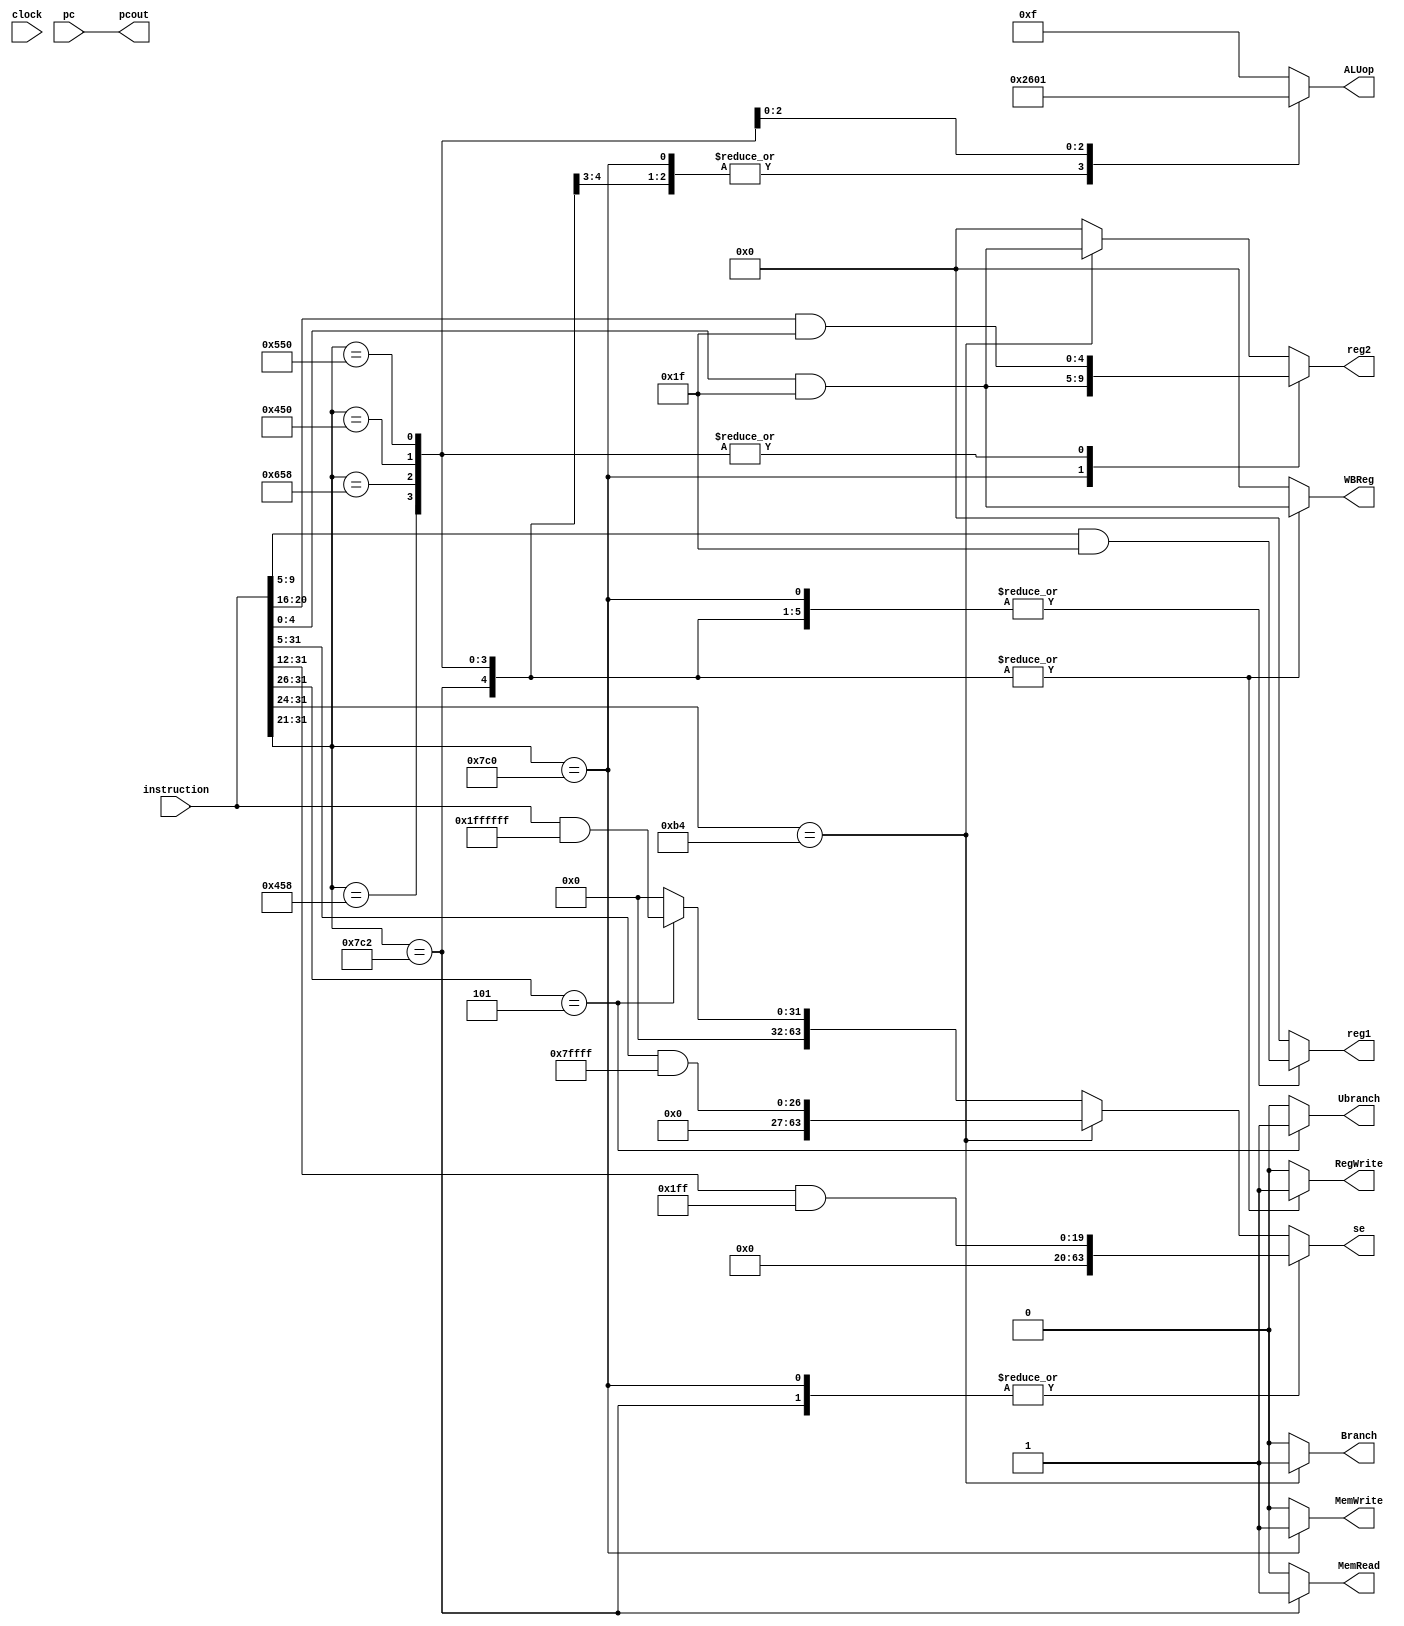
`timescale 1 ns/1 ps

// The purpose of ARM_Decode is to take a full instruction input and to decode the type of instruction
// It's run by a stepin clock that ripples to subsequent modules

module ARM_Decode(
	input clock,
	input [31:0] instruction,
	input [31:0] pc,
	//
	output reg [4:0] reg1,
	output reg [4:0] reg2,
	output reg [63:0] se,
	output reg Ubranch,
	output reg Branch,
	output reg MemRead,
	output reg MemWrite,
	output reg RegWrite,
	output reg [3:0] ALUop,
	output reg [4:0] WBReg,
	output [31:0] pcout
);
	reg [31:0] tmp;
	assign pcout = pc;
	initial begin
		reg1 = 0;	
		reg2 = 0;
		se = 0;
		Ubranch = 0;
		Branch = 0;
		MemRead = 0;
		MemWrite = 0;
		RegWrite = 0;	
		ALUop = 0;
		WBReg = 0;
	end
	always @(*) begin // At any time the clock changes, set all outputs to zero to clear previous instruction
		reg1 = 0;	
		reg2 = 0;
		se = 0;
		Ubranch = 0;
		Branch = 0;
		MemRead = 0;
		MemWrite = 0;
		RegWrite = 0;	
		ALUop = 0;
		WBReg = 0;
		
		tmp = instruction >> 26; // Extract the opcode if it's 6 bits long
		if (tmp == 6'b000101) begin // It's a Branch
			Ubranch = 1; // Branch no matter what
			se = instruction & 25'h1FFFFFF; // Offset from base address
			ALUop = 4'b0111; // ALU function pass input b
		end
		
		tmp = instruction >> 24; // Extract the opcode if it's 8 bits long
		if (tmp == 8'b10110100) begin // It's a Branch if Zero
			Branch = 1; // Check with zero to branch
			se = (instruction >> 5) & 19'h7FFFF; 
			ALUop = 4'b0111; // ALU function pass input b
			reg2 = instruction & 5'h1F; // Register to check if zero
		end
		
		tmp = instruction >> 21; // Default to last possibility
		
		case (tmp)
			11'b11111000000: begin // It's a Store
				MemWrite = 1; // We're writing to memory
				reg1 = (instruction >> 5) & 5'h1F; // Base address of destination
				reg2 = instruction & 5'h1F; // Data to store
				se = (instruction >> 12) & 9'h1FF; // Offset from base address
				MemWrite = 1; // We're writing to memory
				ALUop = 4'b0010; // Add base address and offset
			end	
			11'b11111000010: begin // It's a Load
				reg1 = (instruction >> 5) & 5'h1F; // Base address of source
				se = (instruction >> 12) & 9'h1FF; // Offset from base address
				WBReg = instruction & 5'h1F; // The register we load into
				RegWrite = 1; // We're writing to a register
				MemRead = 1; // We're reading from memory
				ALUop = 4'b0010; // Add base address and offset
			end
			11'b10001011000: begin // It's an Add
				reg1 = (instruction >> 5) & 5'h1F; // Operand 1
				reg2 = (instruction >> 16) & 5'h1F; // Operand 2
				WBReg = instruction & 5'h1F; // Where we write back to
				ALUop = 4'b0010; // Set ALU to Add
				RegWrite = 1; // We're writing to a register
				//$display("Decoded an Add instruction");
				//$display("reg1: %d", reg1);
				//$display("reg2: %d", reg2);
				//$display("ALUop: %b", ALUop);
				//$display("WB Reg: %d", WBReg);
			end
			11'b11001011000: begin // It's a Sub
				reg1 = (instruction >> 5) & 5'h1F; // Operand 1
				reg2 = (instruction >> 16) & 5'h1F; // Operand 2
				WBReg = instruction & 5'h1F; // Where we write back to
				ALUop = 4'b0110; // Set ALU to Sub
				RegWrite = 1; // We're writing to a register
			end
			11'b10001010000: begin // It's an And
				reg1 = (instruction >> 5) & 5'h1F; // Operand 1
				reg2 = (instruction >> 16) & 5'h1F; // Operand 2
				WBReg = instruction & 5'h1F; // Where we write back to
				ALUop = 4'b0000; // Set ALU to And
				RegWrite = 1; // We're writing to a register
			end
			11'b10101010000: begin // It's an Or
				reg1 = (instruction >> 5) & 5'h1F; // Operand 1
				reg2 = (instruction >> 16) & 5'h1F; // Operand 2
				WBReg = instruction & 5'h1F; // Where we write back to
				ALUop = 4'b0001; // Set ALU to Or
				RegWrite = 1; // We're writing to a register
			end
			default: begin
				ALUop = 4'b1111;
			end
		endcase
	end
endmodule

// The purpose of ARM_Execute is to receive the decoded instruction,
// execute the instruction, output to the register file, and to update the program counter

module ARM_Execute(
  input clock,
  input [31:0] pcin,
  input [63:0] reg1data,
  input [63:0] reg2data,
  input [63:0] se,
  input Ubranch,
  input Branch,
  input MemRead,
  input MemWrite,
  input RegWrite,
  input [3:0] ALUop,
  input [4:0] WBReg,
  //
  output reg [31:0] pcout,
  output reg [63:0] result,
  output reg [4:0] destreg,
  output reg isMemReading,
  output reg isMemWriting
  //output reg isRegWriting
  //output reg stepout
);
	reg [63:0] ALU_in1;
	reg [63:0] ALU_in2;
	reg [3:0] ALU_op;
	reg mainALU_Z;
	initial begin
		ALU_in1 = 0;
		ALU_in2 = 0;
		ALU_op = 0;
		mainALU_Z = 0;
		pcout = 0;
		destreg = 0;
	end
	always @(ALU_in1 or ALU_in2 or ALUop) begin
		case(ALUop)
			4'b0000: result = ALU_in1 & ALU_in2;
			4'b0001: result = ALU_in1 | ALU_in2;
			4'b0010: result = ALU_in1 + ALU_in2;
			4'b0110: result = ALU_in1 - ALU_in2;
			4'b0111: result = ALU_in1;
			4'b1100: result = ~(ALU_in1 | ALU_in2);
			4'b1111: result = 0;
		endcase
		if (result == 0) begin
			mainALU_Z = 1;
		end
		else begin
			mainALU_Z = 0;
		end
		if ((mainALU_Z & Branch) | Ubranch) begin
			pcout = pcin + se;
		end
	end
	always @(clock) begin
		result = 0;
		destreg = 0;
		isMemReading = 0;
		isMemWriting = 0;
	end
  always @(*) begin
    // We only assume positive number branches for this implementation
    if (Ubranch) begin // We're dealing with an unconditional branch and just need to update PC
      pcout = pcin + se; // Update the PC and finish instruction execution
    end
    else if (Branch) begin // We're dealing with a CBZ and need to compare before the PC gets updated
      ALU_in2 <= reg2data; // Check if this is zero
		ALU_op <= ALUop;
    end
    else if (MemWrite) begin // We're dealing with a store and will need to access memory
      ALU_in1 <= reg1data; // This is the base address
      ALU_in2 <= se; // Add the offset
      ALU_op <= ALUop; // This is the ALU Operation
      isMemWriting <= 1; // We're writing to memory
      //pcout = pcin + 1; // Move on to next instruction
      $display("Executed a Store operation");
    end
    else if (MemRead) begin // We're dealing with a load and will need to write to the register file
      ALU_in1 <= reg1data; // This is the base address
      ALU_in2 <= se; // Add the offset
      ALU_op <= ALUop; // This is the ALU Operation
      destreg <= WBReg; // Forward our destination write register to memory
      isMemReading <= 1; // We're reading from memory
      isMemWriting <= 0; // We're writing to a register
      //pcout = pcin + 1; // Move on to next instruction
      $display("Executed a Load operation");
    end
    else if (~MemRead & RegWrite) begin // We're dealing with an R type instruction. Execute and write back to register
      ALU_in1 <= reg1data; // This is operand #1
      ALU_in2 <= reg2data; // This is operand #2
		ALU_op <= ALUop; // This is the ALU Operation
      destreg <= WBReg; // Forward our destination write register to memory
      isMemWriting <= 0; // We're writing to a register, so toggle
      //pcout = pcin + 1; // Move on to next instruction
      $display("Executed an R-Type operation.");
      $display("reg1data: %d", reg1data);
      $display("reg2data: %d", reg2data);
      $display("ALUop: %d", ALUop);
      $display("result: %d", result);
      $display("Writeback Reg: %d", destreg);
    end
  end
  
endmodule

// ALU was designed as part of a bottoms up approach to creating the processor 

module ALU(
	input [63:0] A,
	input [63:0] B,
	input [3:0] ALUc,
	output reg Z,
	output reg [63:0] C
);

  always @(A or B or ALUc) begin
    case(ALUc)
      4'b0000: C = A & B;
      4'b0001: C = A | B;
      4'b0010: C = A + B;
      4'b0110: C = A - B;
      4'b0111: C = B;
      4'b1100: C = ~(A | B);
    endcase
    if (C == 0) begin
      Z = 1;
    end
    else begin
      Z = 0;
    end
    $monitor("ALU Changed Output To: %d", C);
  end
endmodule
/////
/////
/////
module DeMux64(
	input [63:0] in,
	input selection,
	//
	output reg [63:0] out1,
	output reg [63:0] out2
);
	initial begin
		out1 = 0;
		out2 = 0;
	end
	always @(*) begin
		case(selection)
			1: out1 = in; 
			0: out2 = in;
		endcase
	end
endmodule
module Mux64(
	input [63:0] in1,
	input [63:0] in2,
	input selection,
	//
	output reg [63:0] out
);
	initial begin
		out = 0;
	end
	always @(*) begin
		case(selection)
			0: out = in1;
			1: out = in2;
		endcase
	end
endmodule
module DeMux32 (
	input [31:0] in,
	input selection,
	//
	output reg [31:0] out1,
	output reg [31:0] out2
);
	initial begin
		out1 = 0;
		out2 = 0;
	end
	always @(*) begin
		case(selection)
			1: out1 = in; 
			0: out2 = in;
		endcase
	end
endmodule
module Mux32(
	input [31:0] in1,
	input [31:0] in2,
	input selection,
	//
	output reg [31:0] out
);
	initial begin
		out = 0;
	end
	always @(*) begin
		case(selection)
			0: out = in1;
			1: out = in2;
		endcase
	end
endmodule
module DeMux5(
	input [4:0] in,
	input selection,
	//
	output reg [4:0] out1,
	output reg [4:0] out2
);
	initial begin
		out1 = 0;
		out2 = 0;
	end
	always @(*) begin
		case(selection)
			1: out1 = in; 
			0: out2 = in;
		endcase
	end
endmodule
module Mux5(
	input [4:0] in1,
	input [4:0] in2,
	input selection,
	//
	output reg [4:0] out
);
	initial begin
		out = 0;
	end
	always @(*) begin
		case(selection)
			0: out = in1;
			1: out = in2;
		endcase
	end
endmodule
module DeMux4(
	input [3:0] in,
	input selection,
	//
	output reg [3:0] out1,
	output reg [3:0] out2
);
	initial begin
		out1 = 0;
		out2 = 0;
	end
	always @(*) begin
		case(selection)
			1: out1 = in; 
			0: out2 = in;
		endcase
	end
endmodule
module Mux4(
	input [3:0] in1,
	input [3:0] in2,
	input selection,
	//
	output reg [3:0] out
);
	initial begin
		out = 0;
	end
	always @(*) begin
		case(selection)
			0: out = in1;
			1: out = in2;
		endcase
	end
endmodule
module DeMux1(
	input in,
	input selection,
	//
	output reg out1,
	output reg out2
);
	initial begin
		out1 = 0;
		out2 = 0;
	end
	always @(*) begin
		case(selection)
			1: out1 = in; 
			0: out2 = in;
		endcase
	end
endmodule
module Mux1(
	input in1,
	input in2,
	input selection,
	//
	output reg out
);
	initial begin
		out = 0;
	end
	always @(*) begin
		case(selection)
			0: out = in1;
			1: out = in2;
		endcase
	end
endmodule
/////
/////
/////
module StagingMemoryFD(
	input clock,
	input wire [31:0] instage1,
	input wire [31:0] instage2,
	//
	output [31:0] outstage1,
	output [31:0] outstage2
);
	wire [31:0] buffers32 [1:4];
	reg [31:0] bufferStore32 [1:4];
	wire selection = clock;
	integer i;
	
	DeMux32 stage1DeMux(.in(instage1), .out1(buffers32[1]), .out2(buffers32[2]), .selection(selection));
	Mux32 stage1Mux(.in1(bufferStore32[1]), .in2(bufferStore32[2]), .out(outstage1), .selection(selection));
	DeMux32 stage2DeMux(.in(instage2), .out1(buffers32[3]), .out2(buffers32[4]), .selection(selection));
	Mux32 stage2Mux(.in1(bufferStore32[3]), .in2(bufferStore32[4]), .out(outstage2), .selection(selection));
	
	initial begin
		for (i = 1; i <= 4; i = i + 1) begin
			bufferStore32[i] = 0;
		end
	end
	always @(clock) begin
		for (i = 1; i <= 4; i = i + 1) begin
			bufferStore32[i] = buffers32[i];
		end
	end
endmodule
module StagingMemoryDE(
	input clock,
	input wire [31:0] instage1,
	input wire [63:0] instage2,
	input wire [63:0] instage3,
	input wire [63:0] instage4,
	input wire instage5,
	input wire instage6,
	input wire instage7,
	input wire instage8,
	input wire instage9,
	input wire [3:0] instage10,
	input wire [4:0] instage11,
	//
	output [31:0] outstage1,
	output [63:0] outstage2,
	output [63:0] outstage3,
	output [63:0] outstage4,
	output outstage5,
	output outstage6,
	output outstage7,
	output outstage8,
	output outstage9,
	output [3:0] outstage10,
	output [4:0] outstage11
);
	wire [31:0] buffers32 [1:2];
	reg [31:0] bufferStore32 [1:2];
	wire [63:0] buffers64 [1:8];
	reg [63:0] bufferStore64 [1:8];
	wire buffers1 [1:10];
	reg bufferStore1 [1:10];
	wire [3:0] buffers4 [1:2];
	reg [3:0] bufferStore4 [1:2];
	wire [4:0] buffers5 [1:2];
	reg [4:0] bufferStore5 [1:2];
	wire selection = clock;
	integer i;
	
	DeMux32 stage1DeMux(.in(instage1), .out1(buffers32[1]), .out2(buffers32[2]), .selection(selection));
	Mux32 stage1Mux(.in1(bufferStore32[1]), .in2(bufferStore32[2]), .out(outstage1), .selection(selection));
	
	DeMux64 stage2DeMux(.in(instage2), .out1(buffers64[1]), .out2(buffers64[2]), .selection(selection));
	Mux64 stage2Mux(.in1(bufferStore64[1]), .in2(bufferStore64[2]), .out(outstage2), .selection(selection));
	DeMux64 stage3DeMux(.in(instage3), .out1(buffers64[3]), .out2(buffers64[4]), .selection(selection));
	Mux64 stage3Mux(.in1(bufferStore64[3]), .in2(bufferStore64[4]), .out(outstage3), .selection(selection));
	DeMux64 stage4DeMux(.in(instage4), .out1(buffers64[5]), .out2(buffers64[6]), .selection(selection));
	Mux64 stage4Mux(.in1(bufferStore64[5]), .in2(bufferStore64[6]), .out(outstage4), .selection(selection));
	
	DeMux1 stage5DeMux(.in(instage5), .out1(buffers1[1]), .out2(buffers1[2]), .selection(selection));
	Mux1 stage5Mux(.in1(bufferStore1[1]), .in2(bufferStore1[2]), .out(outstage5), .selection(selection));
	DeMux1 stage6DeMux(.in(instage6), .out1(buffers1[3]), .out2(buffers1[4]), .selection(selection));
	Mux1 stage6Mux(.in1(bufferStore1[3]), .in2(bufferStore1[4]), .out(outstage6), .selection(selection));
	DeMux1 stage7DeMux(.in(instage7), .out1(buffers1[5]), .out2(buffers1[6]), .selection(selection));
	Mux1 stage7Mux(.in1(bufferStore1[5]), .in2(bufferStore1[6]), .out(outstage7), .selection(selection));
	DeMux1 stage8DeMux(.in(instage8), .out1(buffers1[7]), .out2(buffers1[8]), .selection(selection));
	Mux1 stage8Mux(.in1(bufferStore1[7]), .in2(bufferStore1[8]), .out(outstage8), .selection(selection));
	DeMux1 stage9DeMux(.in(instage9), .out1(buffers1[9]), .out2(buffers1[10]), .selection(selection));
	Mux1 stage9Mux(.in1(bufferStore1[9]), .in2(bufferStore1[10]), .out(outstage9), .selection(selection));
	
	DeMux4 stage10DeMux(.in(instage10), .out1(buffers4[1]), .out2(buffers4[2]), .selection(selection));
	Mux4 stage10Mux(.in1(bufferStore4[1]), .in2(bufferStore4[2]), .out(outstage10), .selection(selection));
	
	DeMux5 stage11DeMux(.in(instage11), .out1(buffers5[1]), .out2(buffers5[2]), .selection(selection));
	Mux5 stage11Mux(.in1(bufferStore5[1]), .in2(bufferStore5[2]), .out(outstage11), .selection(selection));
	
	initial begin
		for (i = 1; i <= 10; i = i + 1) begin
			bufferStore64[i] = 0;
			bufferStore32[i] = 0;
			bufferStore1[i] = 0;
			bufferStore4[i] = 0;
			bufferStore5[i] = 0;
		end
	end
	always @(clock) begin
		for (i = 1; i <= 10; i = i + 1) begin
			bufferStore64[i] = buffers64[i];
			bufferStore32[i] = buffers32[i];
			bufferStore1[i] = buffers1[i];
			bufferStore4[i] = buffers4[i];
			bufferStore5[i] = buffers5[i];
		end
	end
endmodule

module StagingMemoryEM(	
	input clock,
	input wire [63:0] instage1,
	input wire instage2,
	input wire instage3,
	//input wire instage4,
	input wire [4:0] instage5,
	//
	output [63:0] outstage1,
	output outstage2,
	output outstage3,
	//output outstage4,
	output [4:0] outstage5
);
	wire [63:0] buffers64 [1:2];
	reg [63:0] bufferStore64 [1:2];
	wire [4:0] buffers5 [1:2];
	reg [4:0] bufferStore5 [1:2];
	wire buffers1 [1:6];
	reg bufferStore1 [1:6];
	wire selection = clock;
	integer i;
	
	DeMux64 stage1DeMux(.in(instage1), .out1(buffers64[1]), .out2(buffers64[2]), .selection(selection));
	Mux64 stage1Mux(.in1(bufferStore64[1]), .in2(bufferStore64[2]), .out(outstage1), .selection(selection));
	
	DeMux1 stage2DeMux(.in(instage2), .out1(buffers1[1]), .out2(buffers1[2]), .selection(selection));
	Mux1 stage2Mux(.in1(bufferStore1[1]), .in2(bufferStore1[2]), .out(outstage2), .selection(selection));
	DeMux1 stage3DeMux(.in(instage3), .out1(buffers1[3]), .out2(buffers1[4]), .selection(selection));
	Mux1 stage3Mux(.in1(bufferStore1[3]), .in2(bufferStore1[4]), .out(outstage3), .selection(selection));
	//DeMux1 stage4DeMux(.in(instage4), .out1(buffers1[5]), .out2(buffers1[6]), .selection(selection));
	//Mux1 stage4Mux(.in1(bufferStore1[5]), .in2(bufferStore1[6]), .out(outstage4), .selection(selection));
	
	DeMux5 stage5DeMux(.in(instage5), .out1(buffers5[1]), .out2(buffers5[2]), .selection(selection));
	Mux5 stage5Mux(.in1(bufferStore5[1]), .in2(bufferStore5[2]), .out(outstage5), .selection(selection));

	
	initial begin
		for (i = 1; i <= 10; i = i + 1) begin
			bufferStore64[i] = 0;
			bufferStore5[i] = 0;
			bufferStore1[i] = 0;
		end
	end
	always @(clock) begin
		for (i = 1; i <= 10; i = i + 1) begin
			bufferStore64[i] = buffers64[i];
			bufferStore5[i] = buffers5[i];
			bufferStore1[i] = buffers1[i];
		end
	end
endmodule

module StagingMemoryMW(
	input clock,
	input wire [4:0] instage1,
	input wire [63:0] instage2,
	input wire instage3,
	//
	output [4:0] outstage1,
	output [63:0] outstage2,
	output outstage3
);
	wire [63:0] buffers64 [1:2];
	reg [63:0] bufferStore64 [1:2];
	wire [4:0] buffers5 [1:2];
	reg [4:0] bufferStore5 [1:2];
	wire buffers1 [1:2];
	reg bufferStore1 [1:2];
	wire selection = clock;
	integer i;
	
	DeMux5 stage1DeMux(.in(instage1), .out1(buffers5[1]), .out2(buffers5[2]), .selection(selection));
	Mux5 stage1Mux(.in1(bufferStore5[1]), .in2(bufferStore5[2]), .out(outstage1), .selection(selection));
	
	DeMux64 stage2DeMux(.in(instage2), .out1(buffers64[1]), .out2(buffers64[2]), .selection(selection));
	Mux64 stage2Mux(.in1(bufferStore64[1]), .in2(bufferStore64[2]), .out(outstage2), .selection(selection));
	
	DeMux1 stage3DeMux(.in(instage3), .out1(buffers1[1]), .out2(buffers1[2]), .selection(selection));
	Mux1 stage3Mux(.in1(bufferStore1[1]), .in2(bufferStore1[2]), .out(outstage3), .selection(selection));
	
	initial begin
		for (i = 1; i <= 4; i = i + 1) begin
			bufferStore64[i] = 0;
			bufferStore5[i] = 0;
			bufferStore1[i] = 0;
		end
	end
	always @(clock) begin
		for (i = 1; i <= 2; i = i + 1) begin
			bufferStore64[i] = buffers64[i];
			bufferStore5[i] = buffers5[i];
			bufferStore1[i] = buffers1[i];
		end
	end
endmodule
/////
/////
/////
module RegisterMemory(
	input clock,
	input [4:0] reg1,
	input [4:0] reg2,
	input [4:0] writeTo,
	input [63:0] writeData,
	input isWriting,
	//
	output reg [63:0] reg1data,
	output reg [63:0] reg2data
);
  reg [63:0] regFile [0:31];
  integer index;
  integer i;
  initial begin
	 reg1data = 0;
	 reg2data = 0;
    index = 0;
    for (i = 0; i < 32; i = i + 1) begin
      regFile[i] = 0;
    end
    // Load in register initializations
	 for (i = 0; i < 32; i = i + 1) begin
	   regFile[i] = i * 100;
	 end
  end
  always @(clock or reg1 or reg2) begin
    reg1data = regFile[reg1];
    reg2data = regFile[reg2];
  end
  always @(isWriting) begin
    index = writeTo;
    regFile[index] = writeData;
    $display("Writing %d to %d", regFile[index], index);
  end
    
endmodule

module ProgramCounter(
  input clock,
  input [31:0] npc,
  //
  output reg [31:0] pc
);
  initial begin
    pc = 0;
  end
  always @(clock) begin
    pc = pc + 1;
  end
  always @(npc) begin
	 pc = npc;
  end
endmodule